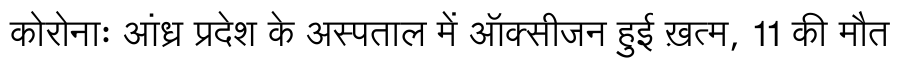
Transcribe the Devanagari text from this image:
कोरोनाः आंध्र प्रदेश के अस्पताल में ऑक्सीजन हुई ख़त्म, 11 की मौत